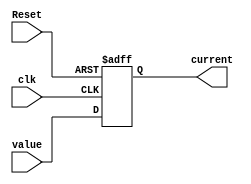
`timescale 1ns / 1ps
//////////////////////////////////////////////////////////////////////////////////
// Company: 
// Engineer: 
// 
// Design Name: 
// Module Name:    ProgramCounter 
// Project Name: 
// Target Devices: 
// Tool versions: 
// Description: 
//
// Dependencies: 
//
// Revision: 
// Revision 0.01 - File Created
// Additional Comments: 
//
//////////////////////////////////////////////////////////////////////////////////
module ProgramCounter(
	input [7:0] value,
	input clk,
	input Reset,
	output [7:0] current
    );
	
	reg [7:0] current_reg;
	
	initial begin
		current_reg = 8'd0;
	end
	
	assign current = current_reg;
	
	always@(posedge Reset or posedge clk)
			begin
				if(Reset) begin
					current_reg = 8'd0;
				end
				else begin
					current_reg = value;
				end
			end


endmodule